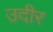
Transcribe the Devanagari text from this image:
उदीर